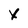
Character: x